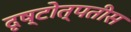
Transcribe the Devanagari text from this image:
दृष्टोत्पतीस